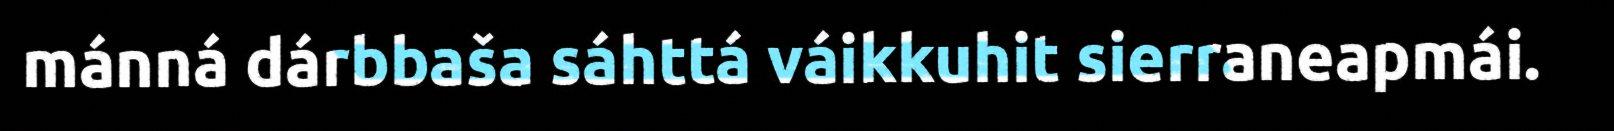
mánná dárbbaša sáhttá váikkuhit sierraneapmái.